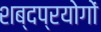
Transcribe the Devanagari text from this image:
शब्दप्रयोगों